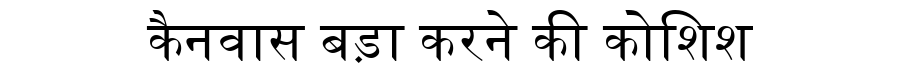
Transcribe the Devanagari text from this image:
कैनवास बड़ा करने की कोशिश